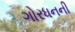
ગોરધનની